Reports on military cantonments and civil stations in the Presidency of Bombay inspected by the Sanitary Commissioner in the years 1875 and 1876
Year: 1875
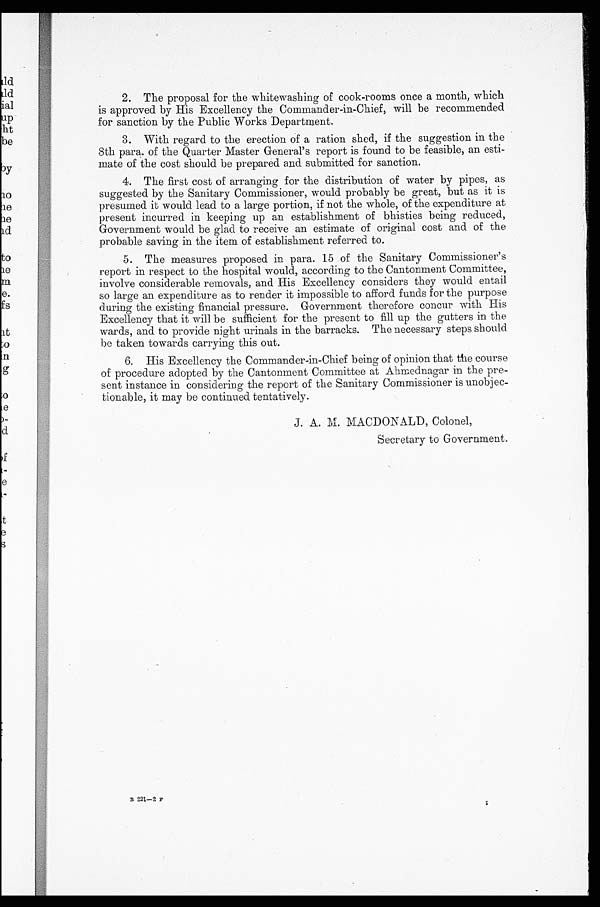
2. The proposal for the whitewashing of cook-rooms once a month, which
is approved by His Excellency the Commander-in-Chief, will be recommended
for sanction by the Public Works Department.
3. With regard to the erection of a ration shed, if the suggestion in the
8th para. of the Quarter Master General's report is found to be feasible, an esti-
mate of the cost should be prepared and submitted for sanction.
4. The first cost of arranging for the distribution of water by pipes, as
suggested by the Sanitary Commissioner, would probably be great, but as it is
presumed it would lead to a large portion, if not the whole, of the expenditure at
present incurred in keeping up an establishment of bhisties being reduced,
Government would be glad to receive an estimate of original cost and of the
probable saving in the item of establishment referred to.
5. The measures proposed in para. 15 of the Sanitary Commissioner's
report in respect to the hospital would, according to the Cantonment Committee,
involve considerable removals, and His Excellency considers they would entail
so large an expenditure as to render it impossible to afford funds for the purpose
during the existing financial pressure. Government therefore concur with His
Excellency that it will be sufficient for the present to fill up the gutters in the
wards, and to provide night urinals in the barracks. The necessary steps should
be taken towards carrying this out.
6. His Excellency the Commander-in-Chief being of opinion that the course
of procedure adopted by the Cantonment Committee at Ahmednagar in the pre-
sent instance in considering the report of the Sanitary Commissioner is unobjec-
tionable, it may be. continued tentatively.
J. A. M. MACDONALD, Colonel,
Secretary to Government.